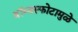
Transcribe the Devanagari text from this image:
बॉम्बस्फोटामुळे